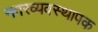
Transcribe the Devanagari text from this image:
नगरव्यवस्थापक